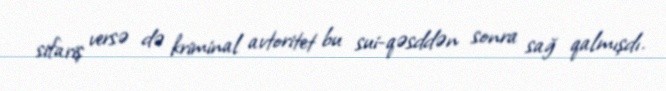
sifariş versə də kriminal avtoritet bu sui-qəsddən sonra sağ qalmışdı.